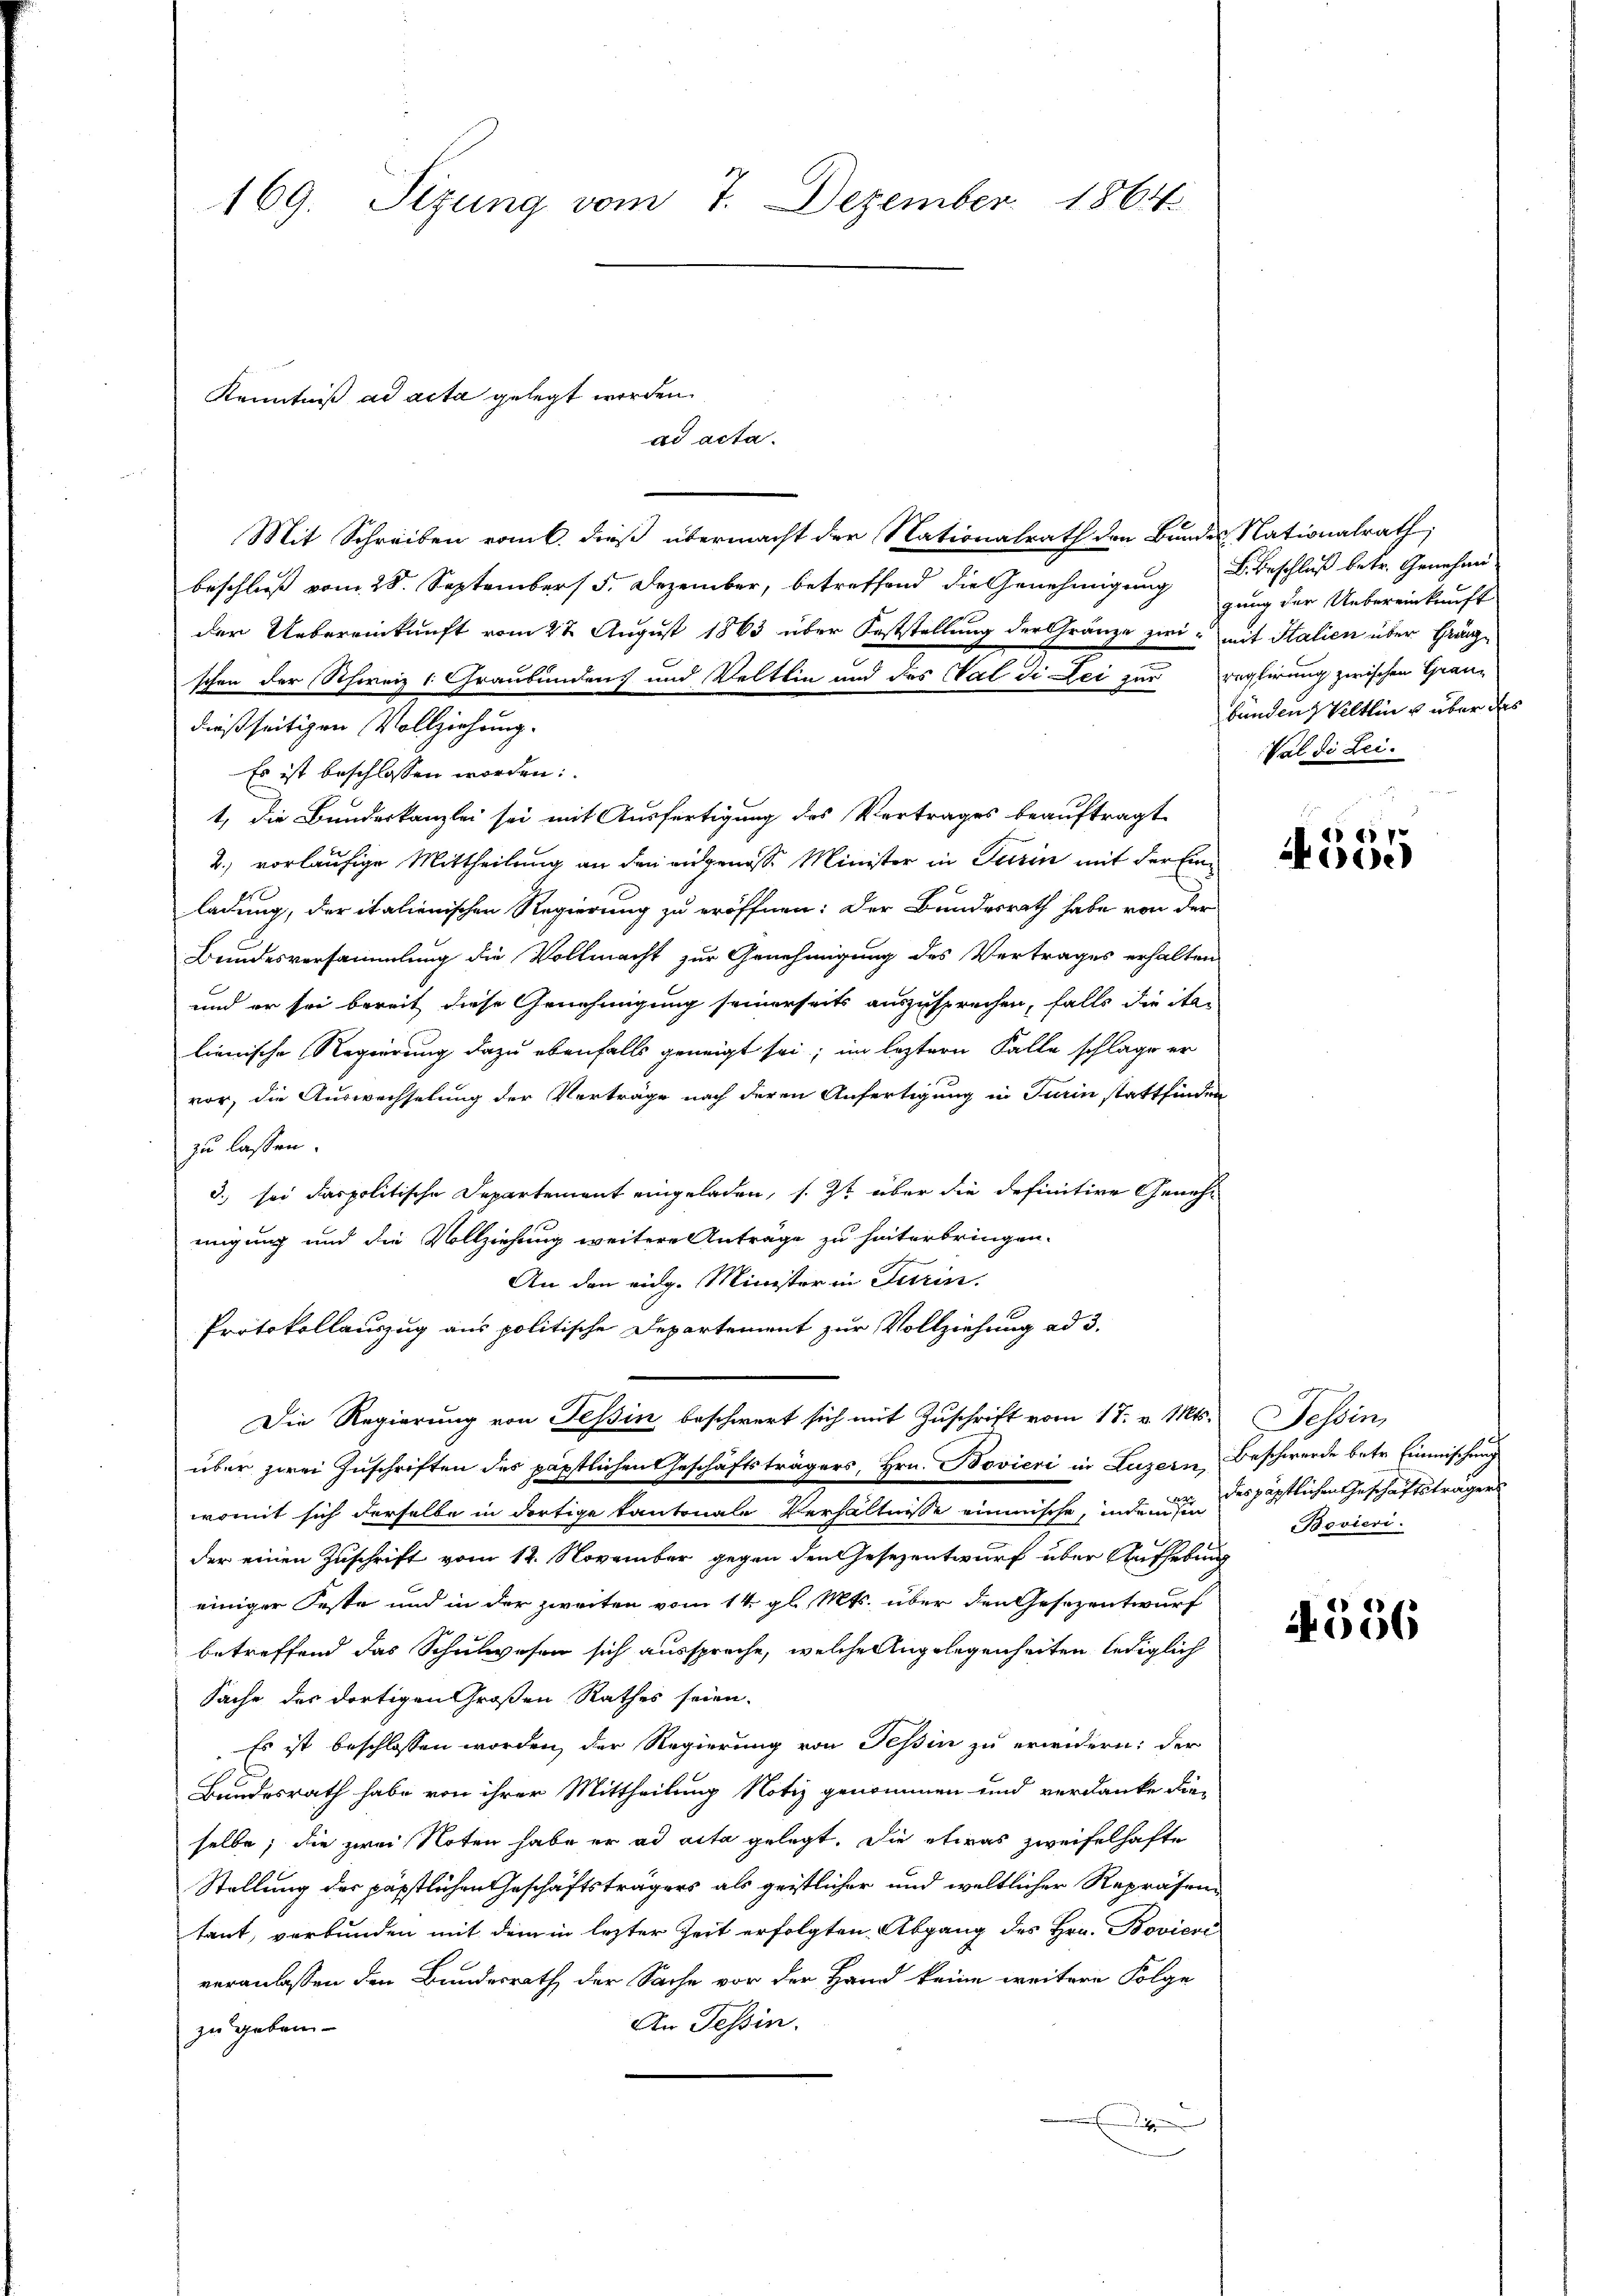
169. Sizung vom 7. Dezember 1864

Kenntniß ad acta gelegt worden.
ad acta.

Mit Schreiben rank dieß übermacht der Nationalrath den Bundes Nationalrath,
.p. die Genehmige Beschl betr. Genehm
der Uebereinkunft vom 2 t August 1863 über Feststellung der Gränze zwei mit Italien über Gränzschon der Schweiz 1. Graubünden und Veltlin und des Val di Lei zur reglirung zwischen Grau-
dießseitigen Vollziehung.
Es ist beschlossen worden:
t, die Bundeskanzlei sei mit Ausfertigung des Vertrages beauftragt.
2.) vorläufige Mittheilung an den angenosse Minister in Turin mit der Einladung, der italienischen Regierung zu eröffnen: Der Bundesrath habe von der
Bundesversammlung die Vollmacht zur Genehmigung des Vertrages erhalten
und er sei bereit diese Genehmigung seinerseits auszusprechen, falls die ita-
lienische Regierung dazu ebenfalls geneigt sei; im leztern Falle schlage er
vor, die Auswechselung der Verträge nach deren Anfertigung in Turin stattfinden
zu lassen.
d. sei das politische Departement eingeladen, s. Zt über die definitive Genehmigung und die Vollziehung weitere Anträge zu hinterbringen.
An den eidg. Minister in Turin.
Protokollauszug aus politische Departement zur Vollziehung ad 3.
Die Regierung von Tessin beschwert sich mit Zuschrift vom 17. v. Mts. Tessin,
über zwei Zuschriften des päpstlichen Geschäftsträgers, Hrn. Bovieri in Luzern, Beschwerde betr. Einmischung
womit sich derselbe in dortige Kantonale Verhältnisse einmische, inde und des päpstlichen Geschäftsträgers
der einen Zuschrift vom 12. November gegen den Gesezentwurf über Aufhebung
einiger Feste und in der zweiten vom 14. gl. Mts. über den Gesezentwurf
betreffend das Schulwesen sich ausspreche, welche Angelegenheiten lediglich
Sache des dortigen Großen Rathes seien.
Es ist beschlossen worden, der Regierung von Tessin zu erwidern: der
Bundesrath habe von ihrer Mittheilung Notiz genommen und verdanke die
selbe; die zwei Noten habe er ad acta gelegt. Die etwas zweifelhafte
Stellung des päpstlichen Geschäftsträgers als geistlicher und weltlicher Repräsentant, verbunden mit dem in lezter Zeit erfolgten Abgang des Hrn. Boviere
veranlassen den Bundesrath der Sache vor der Hand keine weitere Folge
An Tessin.
zu geben-
E

gung der Uebereinkunft
bünden Veltlin u über des
Val di Lei¬

dep
e

Bovieri

4556